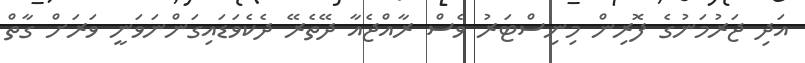
އަދި ޖަރުމަނުގެ ފޮރިން މިނިސްޓަރު ވެސް ރާއްޖެއާ ދޭތެރޭ ދެކެވަޑައިގަންނަވަނީ ވަރަށް ގާތް